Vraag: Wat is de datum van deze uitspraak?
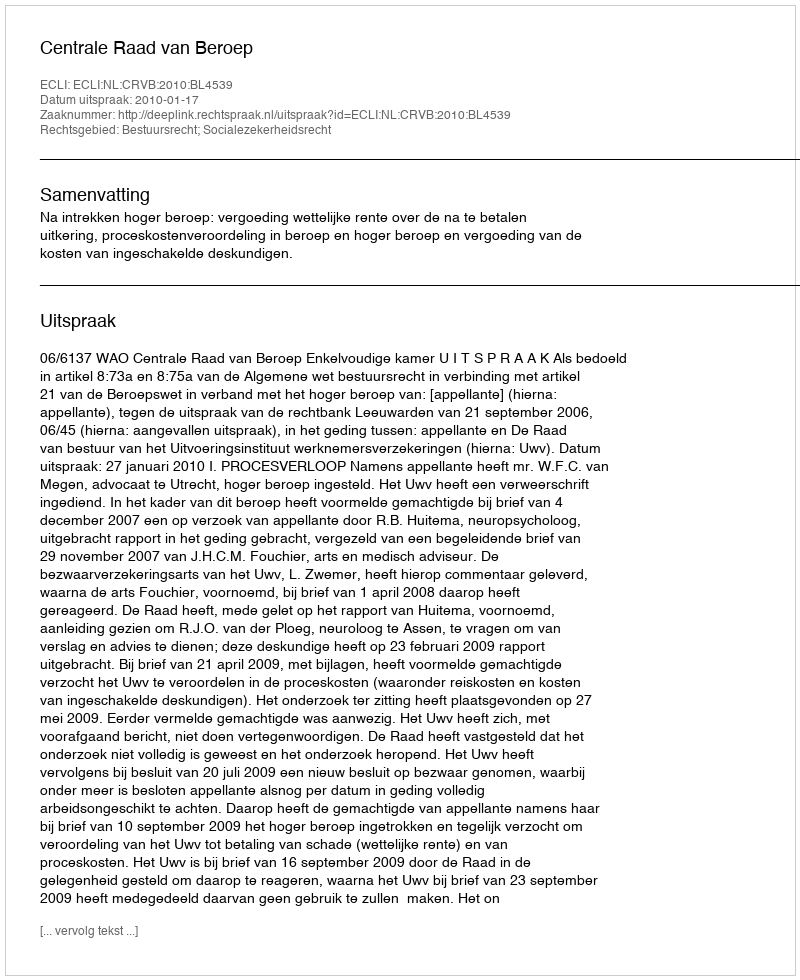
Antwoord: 2010-01-17